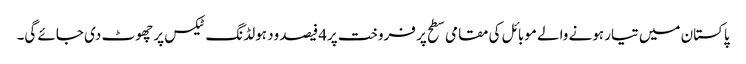
پاکستان میں تیار ہونے والے موبائل کی مقامی سطح پر فروخت پر4فیصد ود ہولڈنگ ٹیکس پر چھوٹ دی جائے گی۔